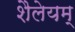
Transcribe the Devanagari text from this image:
शैलेयम्